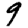
Digit: 9